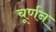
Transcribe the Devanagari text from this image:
चूर्णन